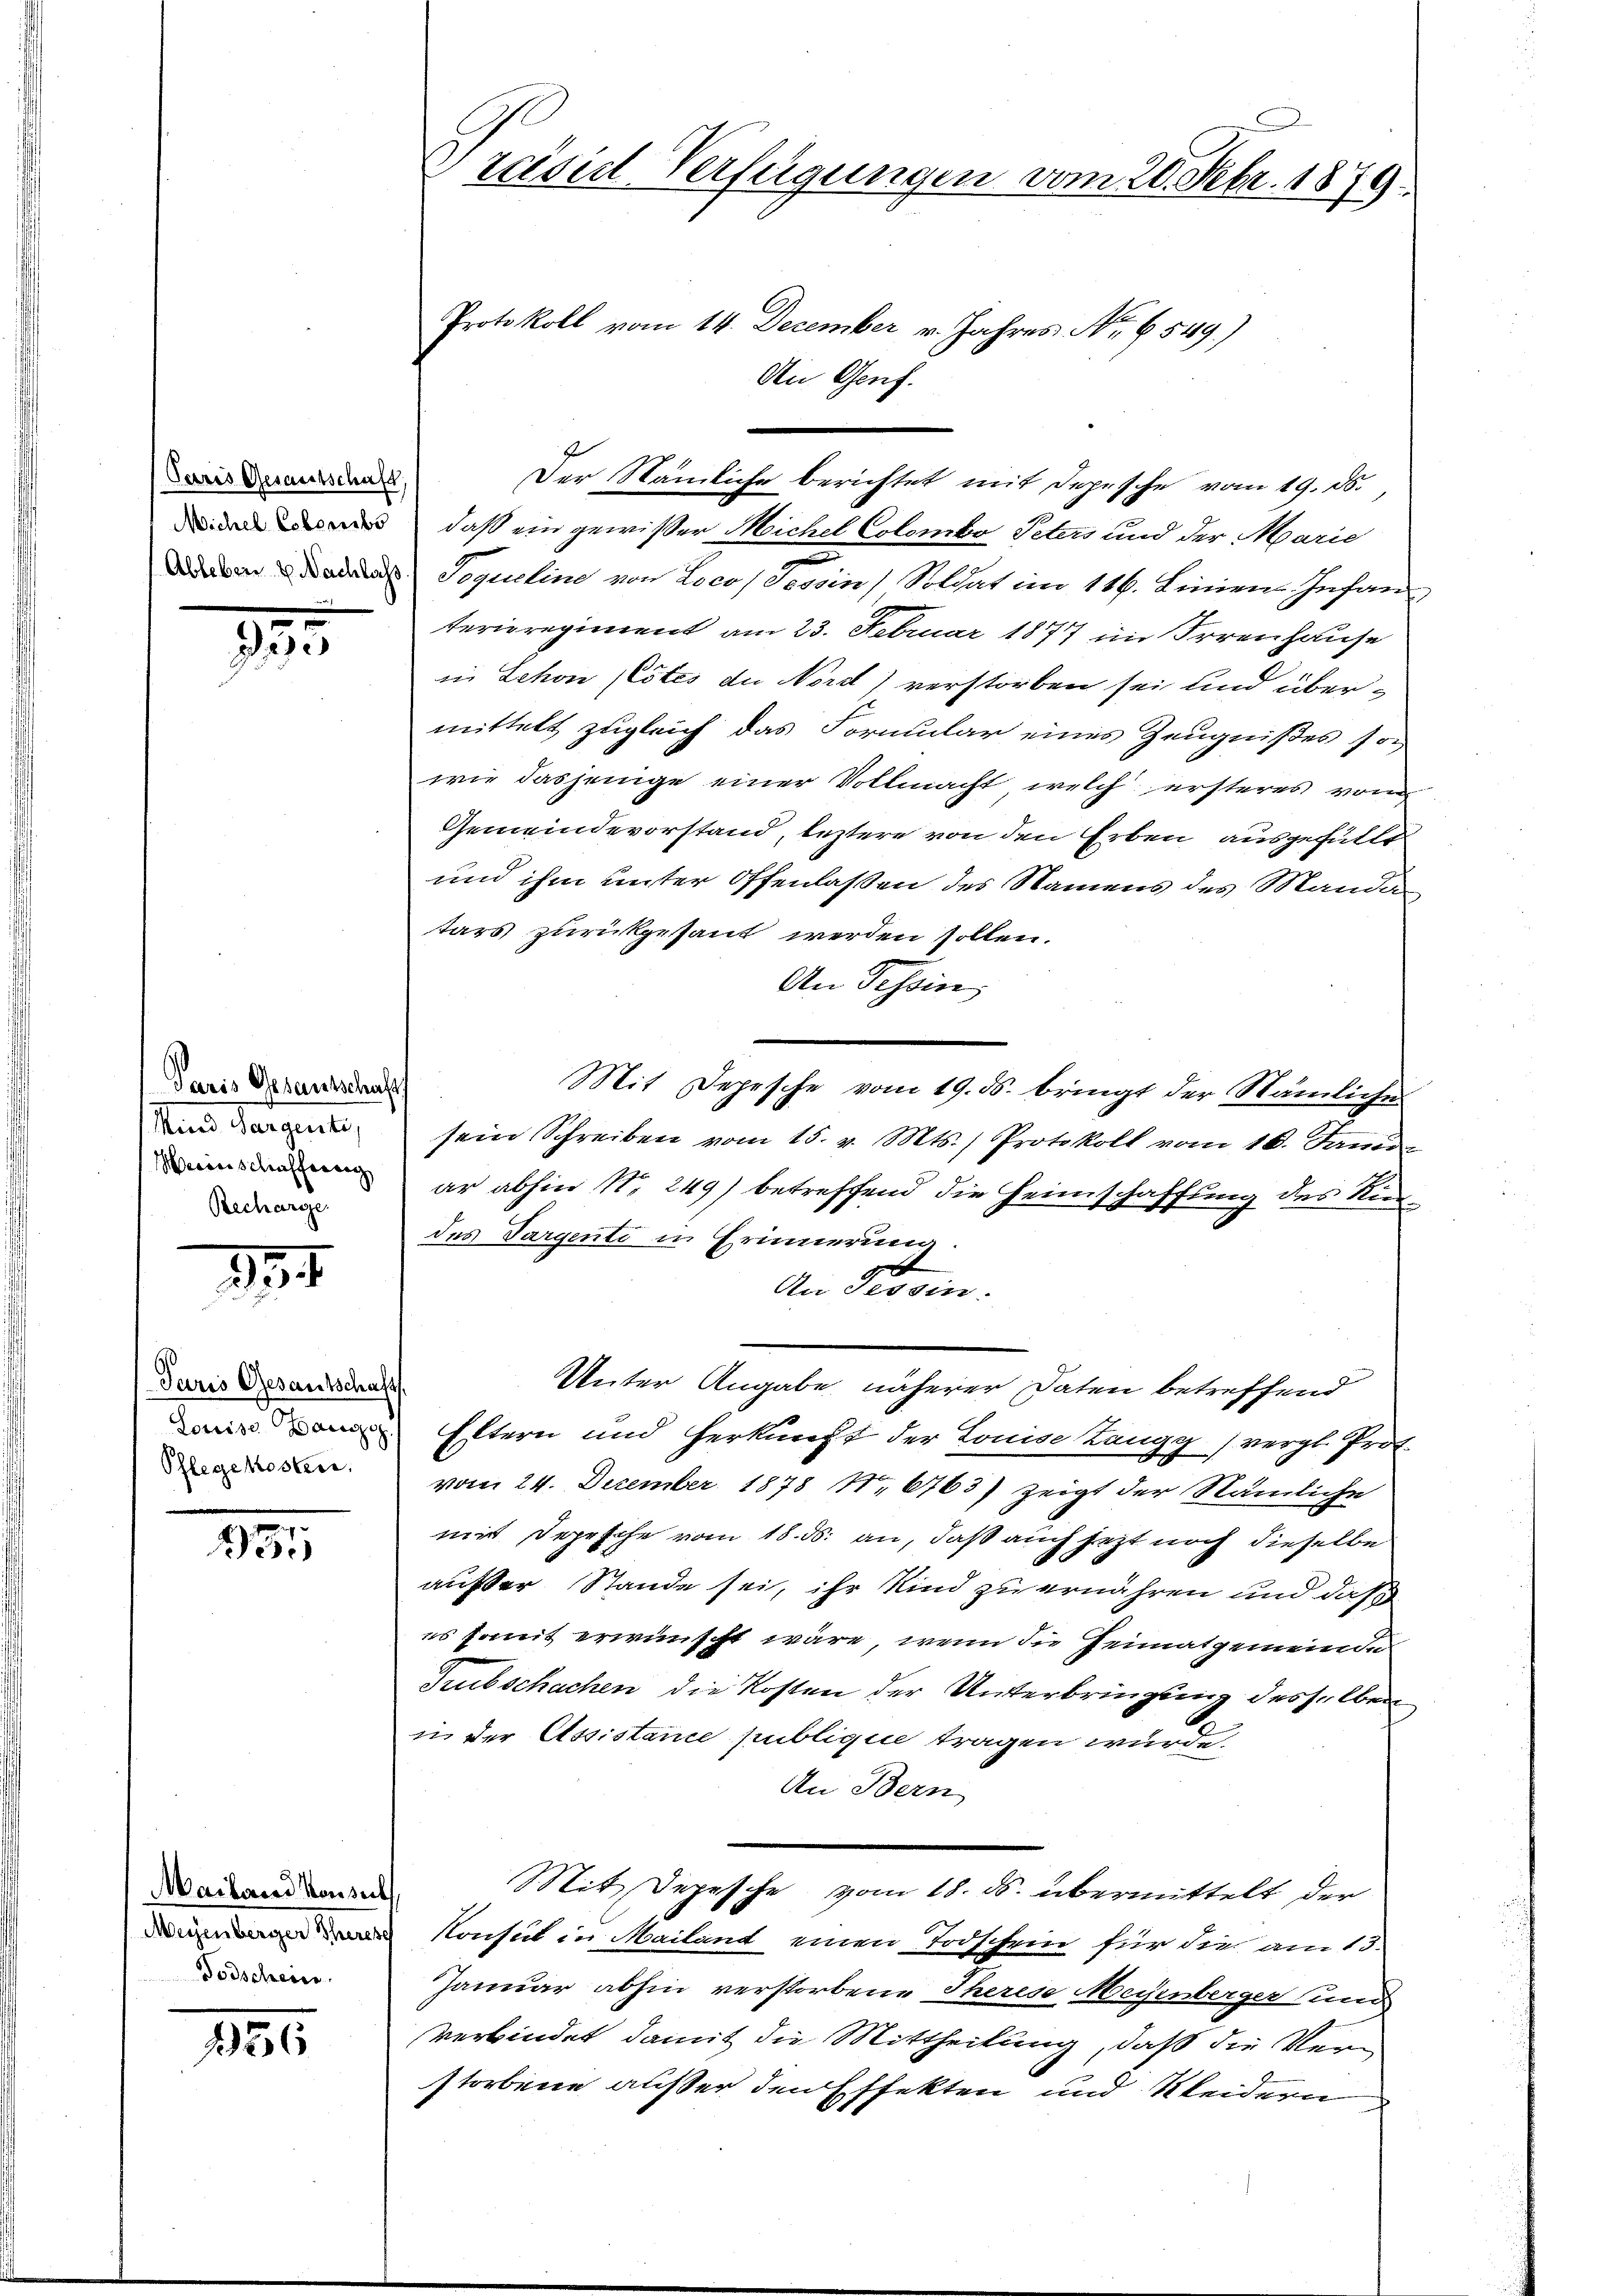
(Paris Gesantschaft,
Michel Cobombo

.

Paris Gesantschaft
Mund Sargente,
Meranschaffereng
Recharge

11

Paris Gesantschaf
Louisse Manzog.
Pflegekosten.

1

Mailand vonseits
Meyenberger Therese
Todscheien.

136

Preisidl Verfügungen vom 28. Febr. 1879.
Protokoll vom 14. December v. Jahres No. 6549)
An Genf.

Der Nämliche berichtet mit Depesche vom 19. ds.,
daß ein gewißer Meichel Colombo Peters und der Marie
-
  Das Sequeline von Loco, Tessin, Soldat im 116. Linien Infan
terieregiment am 23. Februar 1877 im Irrenhause
in Schon (Cotes du Nord) verstorben sei und übermittelt zugleich das Formular eines Zeugnißes so
wie dasjenige einer Vollmacht, welch ersteres von
Gemeindevorstand, leztere von den Erben ausgefüllt
und ihm unter Offenlaßen des Namens des Manda
tars zurückgesant werden sollen.
An Tessin,
Mit Depesche vom 19. ds. bringt der Nämliche
sein Schreiben vom 15. v. Mts.) Protokoll vom 16. Jani
ar abhin Nr. 249) betreffend die Heimschaffung des Riedes Sargenti in Erinnerung.
An Tessin.
Unter Angabe näherer Daten betreffend
Eltern und Herkunft der Louise Zangg (vergl. Prof.
vom 24. Dezember 1878 Nr. 6763) zeigt der Nämliche
mit Depesche vom 18. ds. an, daß auch jetzt noch dieselbe
außer Stande sei, ihr Kind zu ernähren und daß
es somit erwünscht wäre, wenn die Heimatgemeinde
Subschachen die Kosten der Unterbringung desselben
in der Assistance publique tragen wurde.
An Bern
Mit Depesche vom 18. ds. übermittelt der
Konsul in Mailand einen Todschein für die am 15.
Januar abhin verstorbene Therese Meisenberger (und
verbindet damit die Mittheilung, daß die Verstorbene außer den Effekten und Kleidern